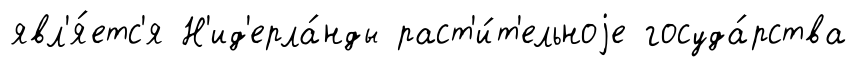
явл'я́етс'я Н'ид'ерла́нды раст'и́т'ельноjе госуда́рства